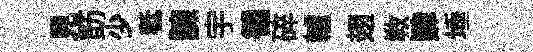
見筯少秪諫宇徧碎轤翅教肄埵